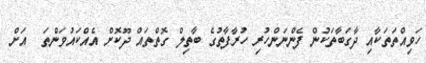
ހަވިއްތަތަކާއި ދާގަބާތަކުން ފެންނަންހުރި ހުރާފާތުގެ ބާތިލް ގޮތްތައް ދޫކޮށް އެެއްކައުވަންތަ  އަށް